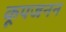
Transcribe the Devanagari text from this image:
कूपजनन